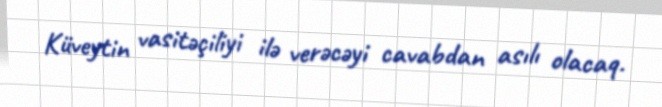
Küveytin vasitəçiliyi ilə verəcəyi cavabdan asılı olacaq.